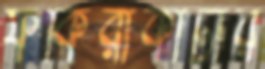
ফকিরাকাটার